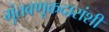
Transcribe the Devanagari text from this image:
गुंतवणूकदारांशी